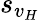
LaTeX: s_{v_{H}}